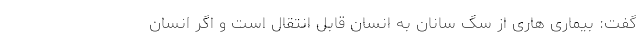
گفت: بیماری هاری از سگ سانان به انسان قابل انتقال است و اگر انسان